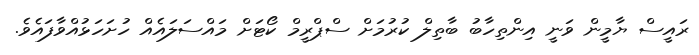
ރައީސް ޔާމީން ވަނީ އިންތިހާބު ބާތިލް ކުރުމަށް ސްޕްރީމް ކޯޓަށް މައްސަލައެއް ހުށަހަޅުއްވާފައެވެ.